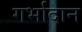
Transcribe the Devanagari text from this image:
गर्भादान